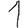
Digit: 1